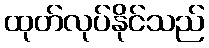
ထုတ်လုပ်နိုင်သည်